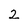
Character: 2